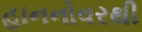
હાનનોવરથી